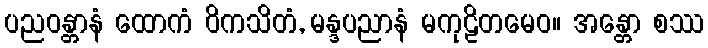
ပညဝန္တာနံ ထောကံ ဝိကသိတံ, မန္ဒပညာနံ မကုဠိတမေဝ။ အန္တော စဿ